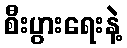
စီးပွားရေးနဲ့